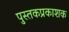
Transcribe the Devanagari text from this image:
पुस्तकप्रकाशक